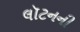
લૉટનની